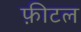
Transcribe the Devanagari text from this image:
फ़ीटल